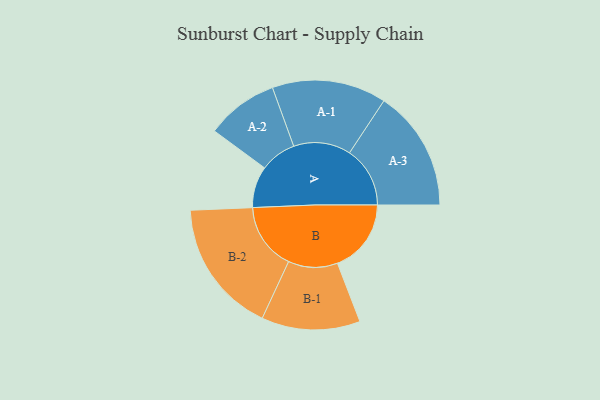
{"axis": {"x": "Segment", "y": "Value"}, "legend": ["", "A", "B"], "data": [{"x": "A", "y": 185, "type": ""}, {"x": "B", "y": 329, "type": ""}, {"x": "A-1", "y": 255, "type": "A"}, {"x": "A-2", "y": 161, "type": "A"}, {"x": "A-3", "y": 270, "type": "A"}, {"x": "B-1", "y": 220, "type": "B"}, {"x": "B-2", "y": 299, "type": "B"}]}